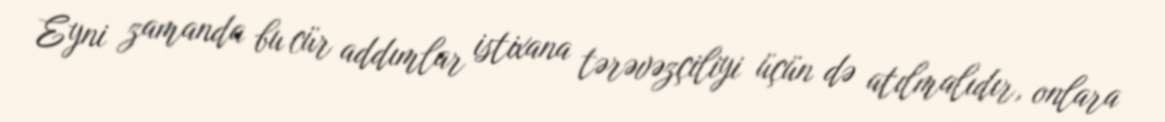
Eyni zamanda bu cür addımlar istixana tərəvəzçiliyi üçün də atılmalıdır, onlara